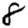
Digit: 8